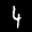
Label: 4